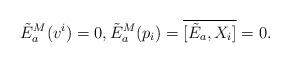
LaTeX: \begin{align*}\tilde{E}^{M}_a(v^i) = 0, \tilde{E}^{M}_a(p_i) = \overline{[{\tilde E}_a,X_i]} =0.\end{align*}